French and German assistants in Scottish schools and training centres, 1935
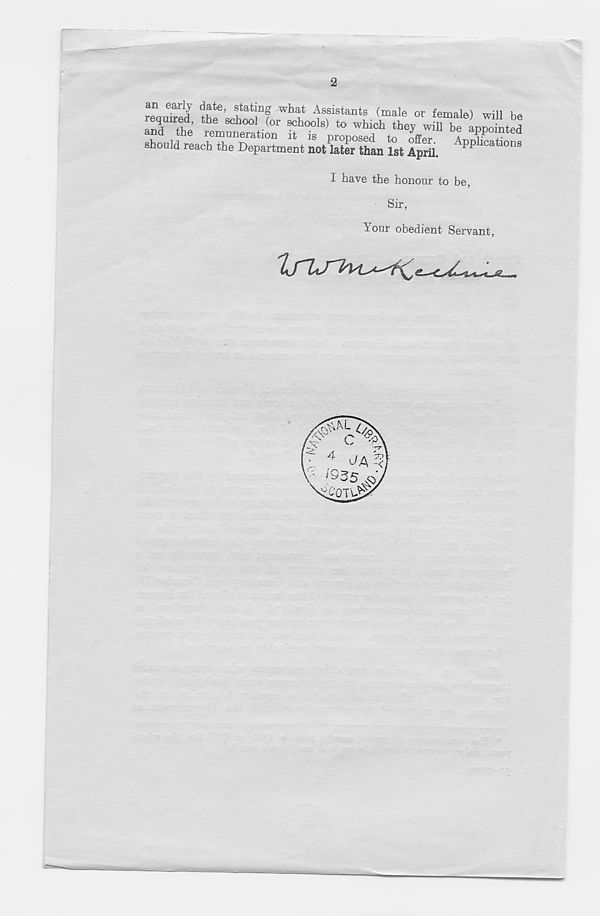
2
reaped
U w
h t ^s sistants (™le or female) will be
wi +i?’ th
ho° (°r schools ) to which they will be appointed
and the remuneration it is proposed to nffZ
A
should reach the Department not later than 1st April.
PP 1Ca 101iS
I have the honour to be,
Sir,
Your obedient Servant,